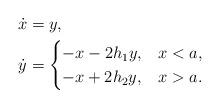
LaTeX: \begin{align*}\dot{x} &= y, \\\dot{y} &= \begin{cases}-x - 2 h_1 y, & x < a, \\-x + 2 h_2 y, & x > a.\end{cases}\end{align*}